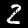
Label: 2